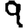
Digit: 9